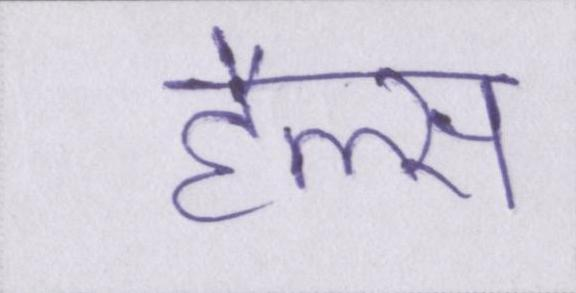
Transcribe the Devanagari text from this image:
हैल्स